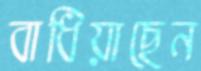
বাধিয়াছেন